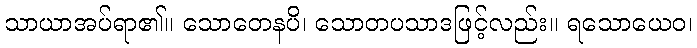
သာယာအပ်ရာ၏။ သောတေနပိ၊ သောတပသာဒဖြင့်လည်း။ ရသောယေဝ၊